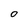
Character: O